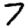
Digit: 7